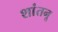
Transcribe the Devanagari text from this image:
शांतनू